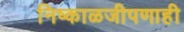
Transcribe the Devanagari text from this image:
निष्काळजीपणाही